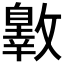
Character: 𣀐